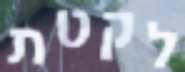
לקטת